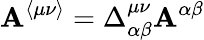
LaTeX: \mathbf{A}^{\langle\mu\nu\rangle}=\Delta_{\alpha\beta}^{\mu\nu}\mathbf{A}^{\alpha\beta}